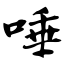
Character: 唾